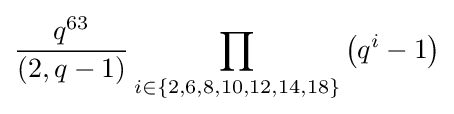
{\frac {q^{63}}{(2,q-1)}}\prod _{i\in \{2,6,8,10,12,14,18\}}\left(q^{i}-1\right)